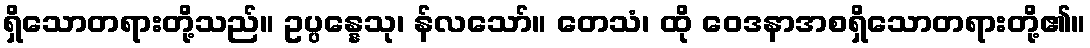
ရှိသောတရားတို့သည်။ ဥပ္ပန္နေသု၊ န်လသော်။ တေသံ၊ ထို ဝေဒနာအစရှိသောတရားတို့၏။